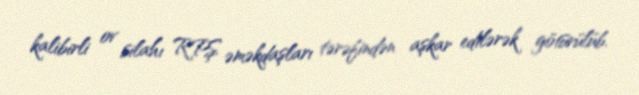
kalibirli ov silahı RPŞ əməkdaşları tərəfindən aşkar edilərək götürülüb.